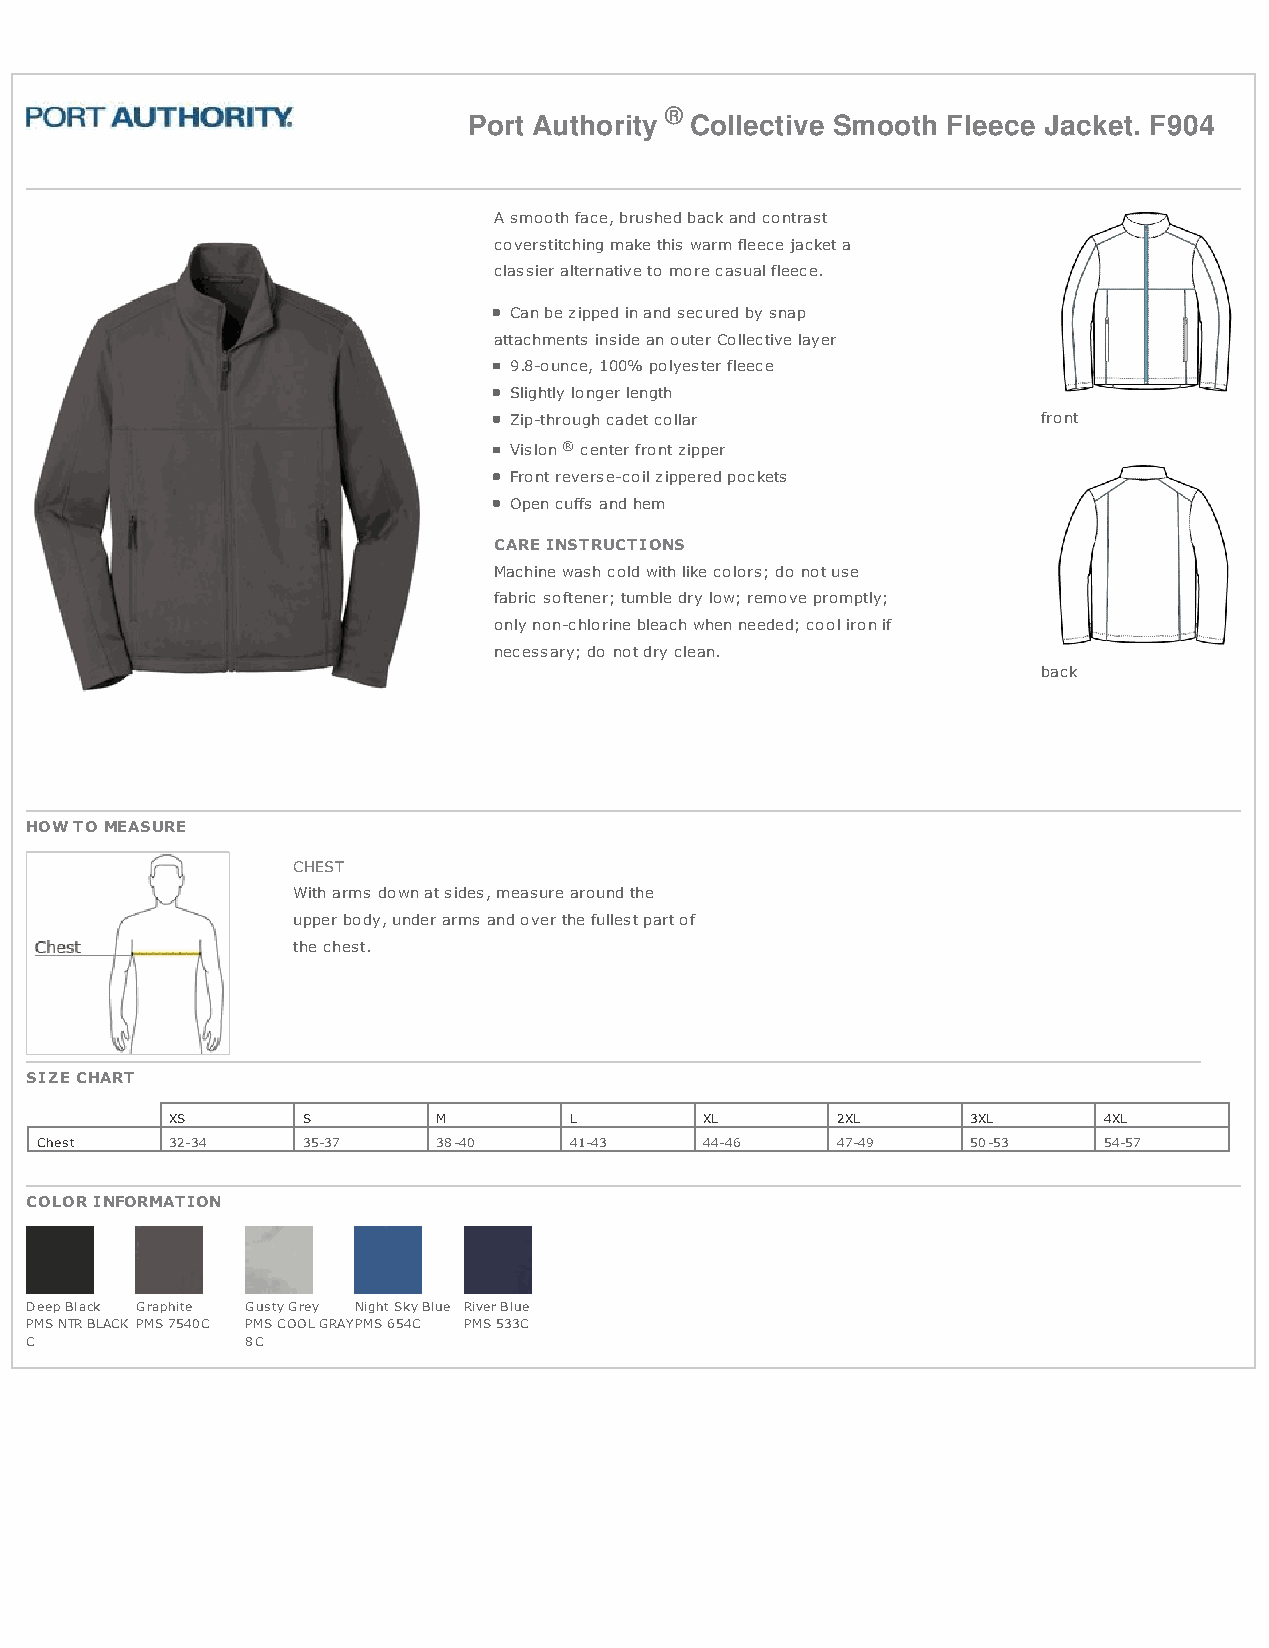
®
 Port Authority Collective Smooth Fleece Jacket. F904
 A smooth face, brushed back and contrast
 coverstitching make this warm fleece jacket a
 classier alternative to more casual fleece.
 Can be zipped in and secured by snap
 attachments inside an outer Collective layer
 9.8-ounce, 100% polyester fleece
 Slightly longer length
 Zip-through cadet collar           front
 Vislon ® center front zipper
 Front reverse-coil zippered pockets
 Open cuffs and hem
 CARE INSTRUCTIONS
 Machine wash cold with like colors; do not use
 fabric softener; tumble dry low; remove promptly;
 only non-chlorine bleach when needed; cool iron if
 necessary; do not dry clean.
 back
 HOW TO MEASURE
 CHEST
 With arms down at sides, measure around the
 upper body, under arms and over the fullest part of
 the chest.
 SIZE CHART
 XS       S        M        L        XL      2XL      3XL      4XL
 Chest    32-34    35-37    38-40    41-43    44-46   47-49    50-53    54-57
 COLOR INFORMATION
 Deep Black Graphite Gusty Grey Night Sky Blue River Blue
 PMS NTR BLACK PMS 7540C PMS COOL GRAYPMS 654C PMS 533C
 C             8C